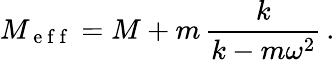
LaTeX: M_{\mathrm{~e~f~f~}}=M+m\, \frac{k}{k-m\omega^{2}}\, .